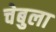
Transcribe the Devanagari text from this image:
चेबुला